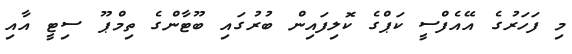
މި ފަހަރުގެ އޭއެފްސީ ކަޕްގެ ކޮލިފައިން ބުރުގައި ބޫޓާންގެ ތިމްޕޫ ސިޓީ އާއި